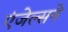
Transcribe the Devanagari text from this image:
एंजेल्सने